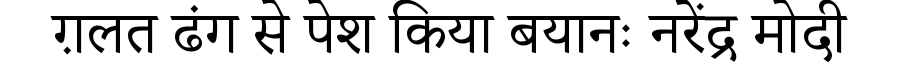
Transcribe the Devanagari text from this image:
ग़लत ढंग से पेश किया बयानः नरेंद्र मोदी